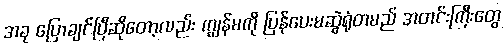
အခု ပြောချင်ပြီဆိုတော့လည်း ကျွန်မကို ပြန်ပေးမဆွဲရုံတမည် အတင်းကြီးတွေ